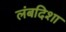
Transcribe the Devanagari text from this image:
लंबदिशा